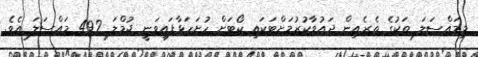
މިމައްސަލަ ތަކުގެ ތެރެއިން ދައުވާކުރުމަށްޓަކައި ކޯޓަށް ހުށަހަޅާފައިވަނީ ޖުމްލަަ 492 މައްސަލަ އެވެ.